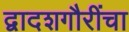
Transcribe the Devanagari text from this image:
द्वादशगौरींचा